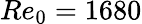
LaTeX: Re_{0}=1680